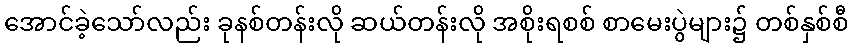
အောင်ခဲ့သော်လည်း ခုနစ်တန်းလို ဆယ်တန်းလို အစိုးရစစ် စာမေးပွဲများ၌ တစ်နှစ်စီ